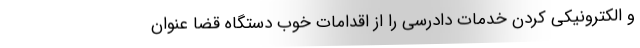
و الکترونیکی کردن خدمات دادرسی را از اقدامات خوب دستگاه قضا عنوان